Plague in India, 1896, 1897 - Volume 3
Year: 1896
Disease focus: Plague
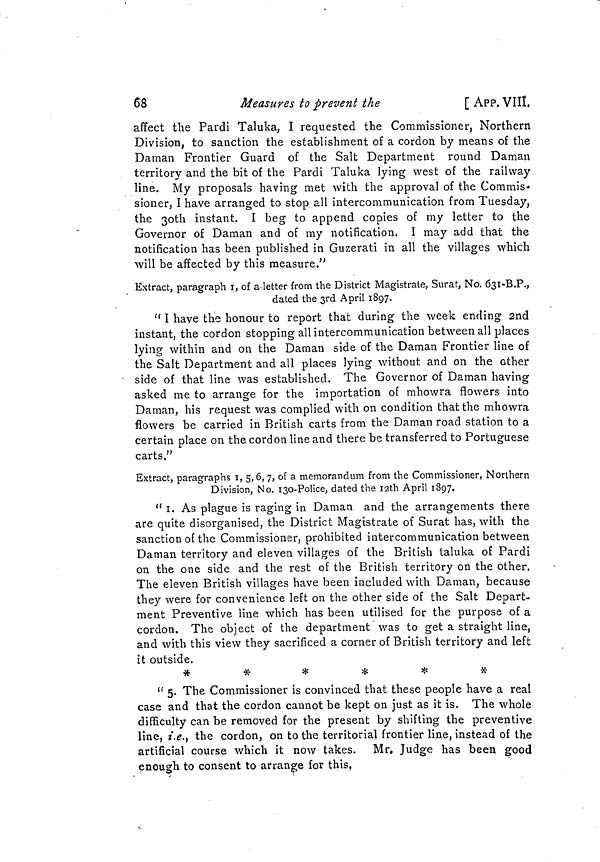
68
Measures to prevent the
[ APP. VIII.
affect the Pardi Taluka, I requested the Commissioner, Northern
Division, to sanction the establishment of a cordon by means of the
Daman Frontier Guard of the Salt Department round Daman
territory and the bit of the Pardi Taluka lying west of the railway
line. My proposals having met with the approval of the Commis-
sioner, I have arranged to stop all intercommunication from Tuesday,
the 30th instant. I beg to append copies of my letter to the
Governor of Daman and of my notification. I may add that the
notification has been published in Guzerati in all the villages which
will be affected by this measure."
Extract, paragraph I, of a-letter from the District Magistrate, Surat, No. 631-B.P.,
dated the 3rd April 1897.
" I have the honour to report that during the week ending 2nd
instant, the cordon stopping all intercommunication between all places
lying within and on the Daman side of the Daman Frontier line of
the Salt Department and all places lying without and on the other
side of that line was established. The Governor of Daman having
asked me to arrange for the importation of mhowra flowers into
Daman, his request was complied with on condition that the mhowra
flowers be carried in British carts from the Daman road station to a
certain place on the cordon line and there be transferred to Portuguese
carts."
Extract, paragraphs 1, 5,6, 7, of a memorandum from the Commissioner, Northern
Division, No. 130-Police, dated the 12th April 1897.
" 1. As plague is raging in Daman and the arrangements there
are quite disorganised, the District Magistrate of Surat has, with the
sanction of the Commissioner, prohibited intercommunication between
Daman territory and eleven villages of the British taluka of Pardi
on the one side and the rest of the British territory on the other.
The eleven British villages have been included with Daman, because
they were for convenience left on the other side of the Salt Depart-
ment Preventive line which has been utilised for the purpose of a
cordon. The object of the department was to get a straight line,
and with this view they sacrificed a corner of British territory and left
it outside.
*
*
* * * *
" 5. The Commissioner is convinced that these people have a real
case and that the cordon cannot be kept on just as it is. The whole
difficulty can be removed for the present by shifting the preventive
line, i.e.) the cordon, on to the territorial frontier line, instead of the
artificial course which it now takes. Mr. Judge has been good
enough to consent to arrange for this.